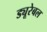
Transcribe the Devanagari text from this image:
ड्यूरेबल